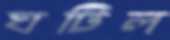
ঘটিল